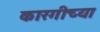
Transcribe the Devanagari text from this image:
कारगीच्या